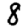
Digit: 8